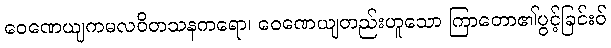
ဝေဏေယျကမလဝိတသနကရော၊ ဝေဏေယျတည်းဟူသော ကြာတော၏ပွင့်ခြင်းဝ်